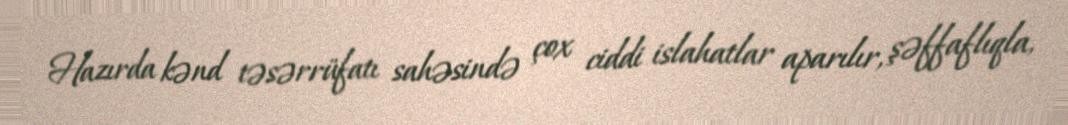
Hazırda kənd təsərrüfatı sahəsində çox ciddi islahatlar aparılır, şəffaflıqla,